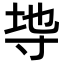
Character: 𭔭